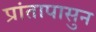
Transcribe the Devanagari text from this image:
प्रांतापासुन